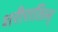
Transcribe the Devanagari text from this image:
शरीरातिल्